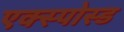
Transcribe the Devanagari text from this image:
एक्स्पोस्ड